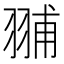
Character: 䎍